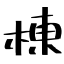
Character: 棟